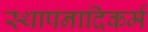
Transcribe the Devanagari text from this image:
स्थापनादिकर्म